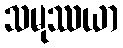
သမုဿယာ